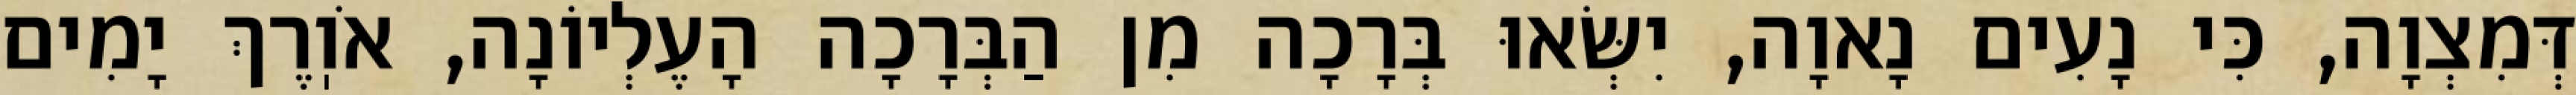
דְּמִצְוָה, כִּי נָעִים נָאוָה, יִשְּׂאוּ בְּרָכָה מִן הַבְּרָכָה הָעֶלְיוֹנָה, אֹוֽרֶךְ יָמִים